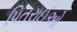
પિતરાઈઓ